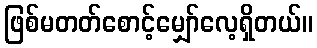
ဖြစ်မတတ်စောင့်မျှော်လေ့ရှိတယ်။